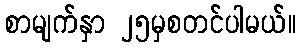
စာမျက်နှာ ၂၅မှစတင်ပါမယ်။